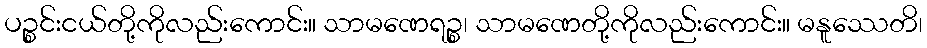
ပဉ္စင်းငယ်တို့ကိုလည်းကောင်း။ သာမဏေရဉ္စ၊ သာမဏေတို့ကိုလည်းကောင်း။ မနူဿေတိ၊